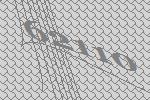
62110